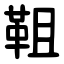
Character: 靻